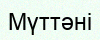
Мүттәні